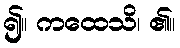
၍။ ကထေသိ၊ ၏။